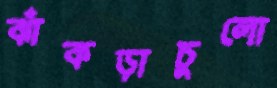
ঝাঁকড়াচুলো